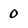
Character: 0